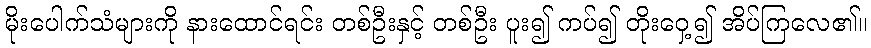
မိုးပေါက်သံများကို နားထောင်ရင်း တစ်ဦးနှင့် တစ်ဦး ပူး၍ ကပ်၍ တိုးဝှေ့၍ အိပ်ကြလေ၏။